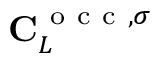
\mathbf { C } _ { L } ^ { \mathrm { ~ o ~ c ~ c ~ } , \sigma }